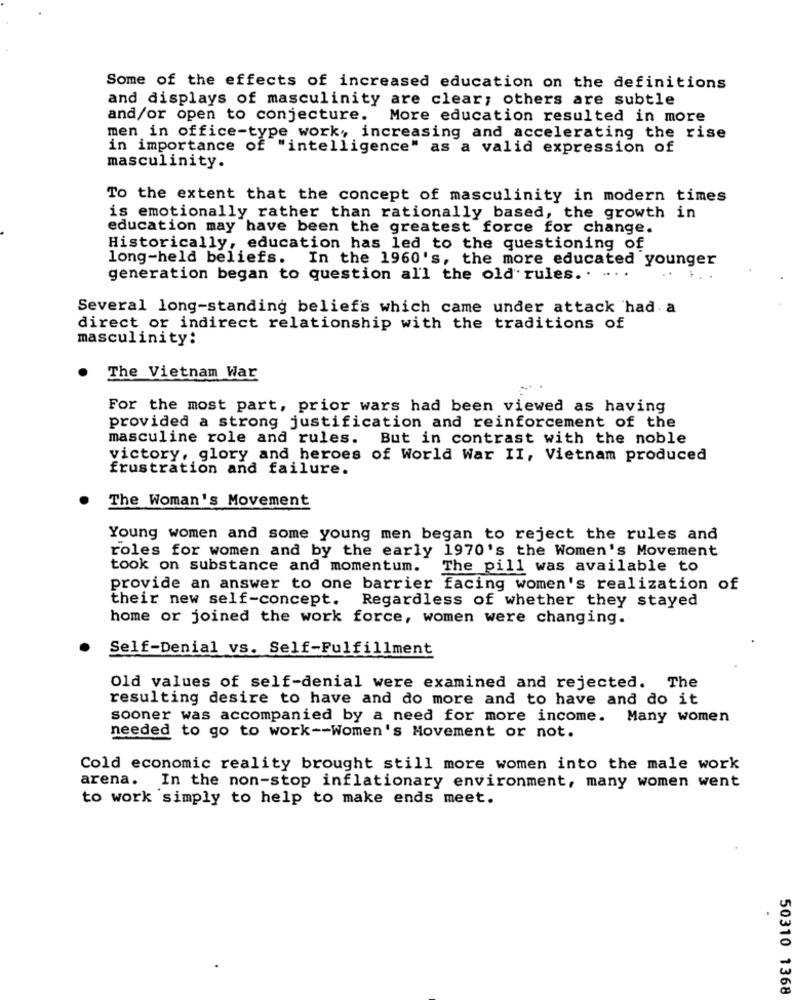
Some of the effects of increased education on the definitions
and displays of masculinity are clear; others are subtle
and/or open to conjecture.
More education resulted in more
men in office-type work, increasing and accelerating the rise
in importance of "intelligence" as a valid expression of
masculinity.
To the extent that the concept of masculinity in modern times
is emotionally rather than rationally based, the growth in
education may have been the greatest force for change.
Historically, education has led to the questioning of
long-held beliefs. In the 1960's, the more educated younger
generation began to question all the old rules. . ... .
Several long-standing beliefs which came under attack had a
direct or indirect relationship with the traditions of
masculinity:
The Vietnam War
For the most part, prior wars had been viewed as having
provided a strong justification and reinforcement of the
masculine role and rules. But in contrast with the noble
victory, glory and heroes of World War II, Vietnam produced
frustration and failure.
The Woman's Movement
Young women and some young men began to reject the rules and
roles for women and by the early 1970's the Women's Movement
took on substance and momentum.
The pill was available to
provide an answer to one barrier facing women's realization of
their new self-concept. Regardless of whether they stayed
home or joined the work force, women were changing.
Self-Denial vs. Self-Fulfillment
Old values of self-denial were examined and rejected. The
resulting desire to have and do more and to have and do it
sooner was accompanied by a need for more income. Many women
needed to go to work -- Women's Movement or not.
Cold economic reality brought still more women into the male work
arena. In the non-stop inflationary environment, many women went
to work simply to help to make ends meet.
50310 1368